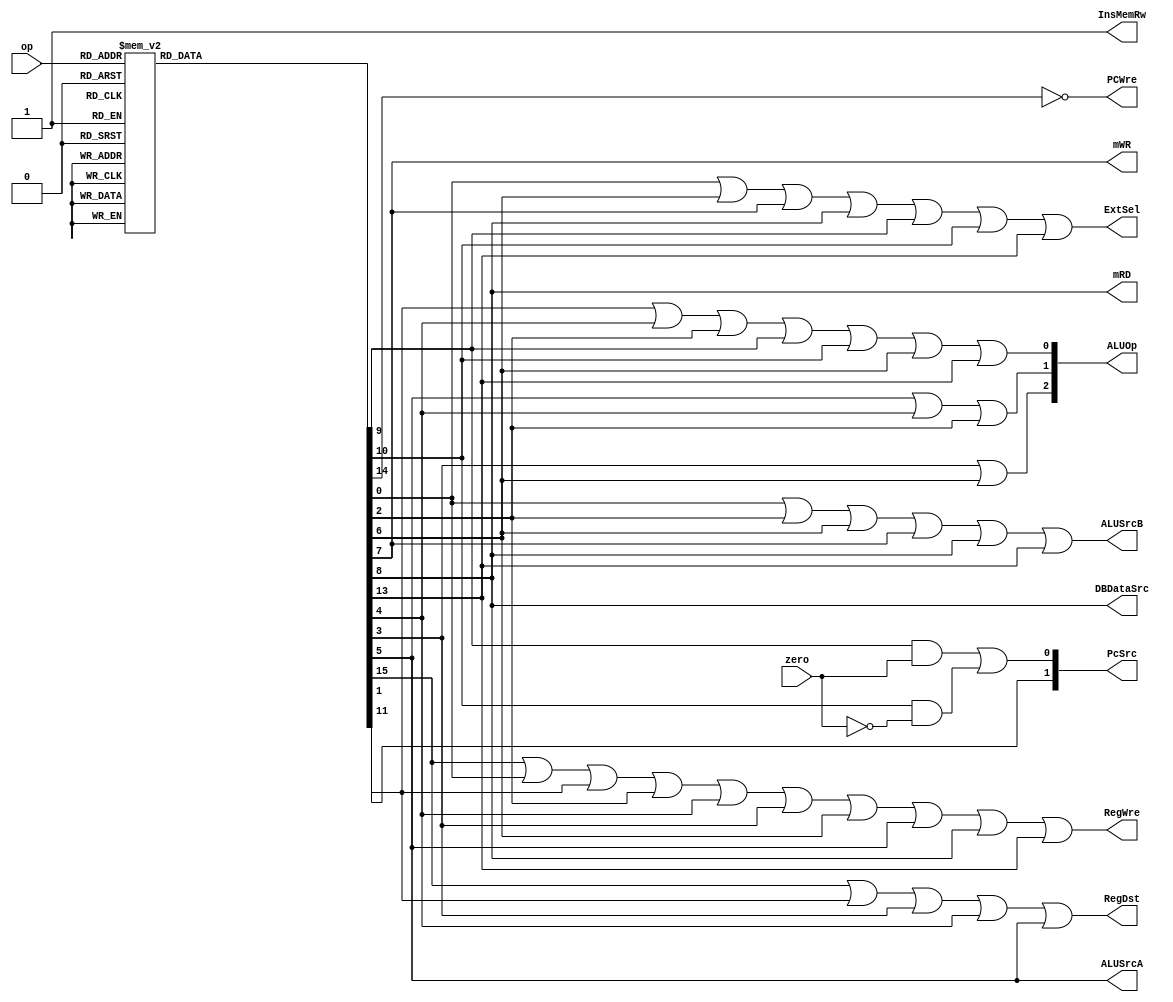
`timescale 1ns / 1ps
module ControlUnit(
  input[5:0] op, 
  input zero,
  output wire RegWre, 
  output wire ALUSrcA,  // choose data1 or sa
  output wire ALUSrcB, //choose data2 or sign|zero
  output wire InsMemRw, //write instruction or read 
  output wire [1:0] PcSrc,
  output wire ExtSel, //zero-extend or sign-extend
  output wire RegDst, //register to write,choose from rt or rs
  output wire PCWre,
  output wire mRD,
  output wire mWR,
  output wire DBDataSrc,
  output wire [2:0] ALUOp
  );

    reg addi,add,sub,ori,andx,orx,sll,slti,sw,lw,beq,bne,j,slt,subi,halt;
    initial begin
      addi=0;
      add=0;
      sub=0;
      ori=0;
      andx=0;
      orx=0;
      sll=0;
      slti=0;
      sw=0;
      lw=0;
      beq=0;
      bne=0;
      j=0;
      subi = 0;
      slt = 0;
      halt = 0;
    end
    assign   PCWre = !halt;
    assign  ALUSrcA = sll;
    assign  ALUSrcB = addi || ori||slti||sw||lw||subi;
    assign  DBDataSrc = lw;
    assign  RegWre = add||addi||sub||ori||orx||andx||slti||sll||lw||subi;
    assign  InsMemRw = 1;
    assign  mRD = lw;
    assign  mWR = sw;
    assign  RegDst = add||sub||andx||orx||sll;
    assign  ExtSel = addi||slti||sw||lw||beq||bne||subi;
      // if(add||addi||sub||orx||ori||andx||slti||sll||sw||lw||(bne&&zero)||(beq&&!zero))
      //   PcSrc = 2'b00;
      // else if((beq&&zero)||bne&&!zero)
      //   PcSrc = 2'b01;
      // else if(j)
      //   PcSrc = 2'b10;

    assign PcSrc[0] =(beq&&zero)||bne&&!zero;
    assign PcSrc[1] =j ;
    assign ALUOp[0] = sub||orx||ori||beq||bne||slti||subi;
    assign ALUOp[1] = sll ||orx||ori;
    assign ALUOp[2] = andx||slti;

    always @(op) begin
      addi=0;
      add=0;
      sub=0;
      ori=0;
      andx=0;
      orx=0;
      sll=0;
      slti=0;
      sw=0;
      lw=0;
      beq=0;
      bne=0;
      j=0;
      subi = 0;
      slt = 0;
      halt = 0;

      case(op)
        6'b000000: //add  
          add = 1;    
        6'b000001: //addi
          addi = 1;
        6'b000010://sub
          sub= 1;
        6'b000011://subi
          subi = 1;
        6'b010000://ori
          ori = 1;
        6'b010001://andx
          andx = 1;
        6'b010010://or
          orx = 1;
        6'b011000://sll
          sll = 1;
        6'b011001:
          slt = 1;
        6'b011011: //slti
         slti = 1;
        6'b100110://sw
          sw =1;
        6'b100111://lw
          lw = 1;
        6'b110000://beq
          beq = 1;
        6'b110001://bne
          bne = 1;
        6'b111000: //j
          j = 1;
        6'b111111://halt
          halt = 1;
      endcase    
    end
endmodule